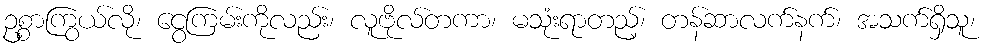
ဥစ္စာကြွယ်လို၊ ငွေကြမ်းကိုလည်း၊ လူဗိုလ်တကာ၊ မသုံးရာတည့်၊ တန်ဆာလက်နက်၊ အသက်ရှိသူ၊